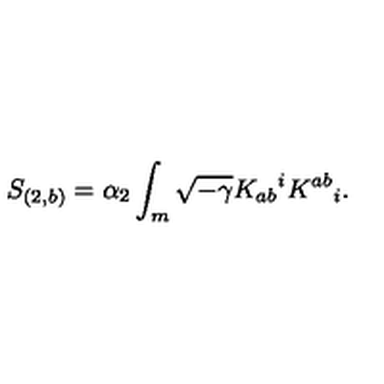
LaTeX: S _ { ( 2 , b ) } = \alpha _ { 2 } \int _ { m } \sqrt { - \gamma } K _ { a b } { } ^ { i } K ^ { a b } { } _ { i } .